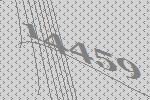
14459